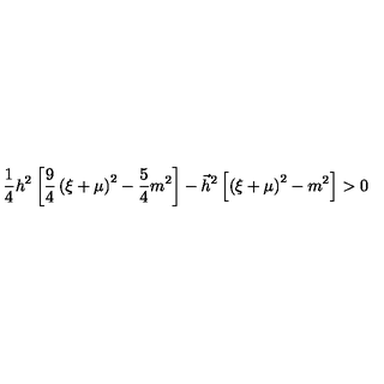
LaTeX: \frac 1 4 h ^ { 2 } \left[ \frac 9 4 \left( \xi + \mu \right) ^ { 2 } - \frac 5 4 m ^ { 2 } \right] - \vec { h } ^ { 2 } \left[ \left( \xi + \mu \right) ^ { 2 } - m ^ { 2 } \right] > 0